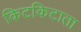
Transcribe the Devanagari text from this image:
किटकिटाता